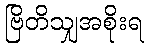
ဗြိတိသျှအစိုးရ